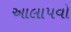
આલાપવો